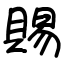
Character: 賜